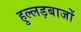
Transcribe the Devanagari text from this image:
हुल्लड़बाजों